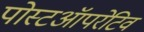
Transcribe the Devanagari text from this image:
पोस्टऑपरेटिव